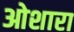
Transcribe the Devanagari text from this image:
ओशारा